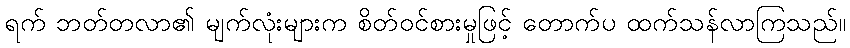
ရက် ဘတ်တလာ၏ မျက်လုံးများက စိတ်ဝင်စားမှုဖြင့် တောက်ပ ထက်သန်လာကြသည်။